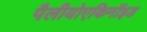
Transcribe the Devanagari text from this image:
पैलीयोएकिनॉइड